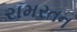
રામરતન